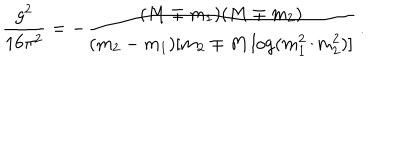
\frac { g ^ { 2 } } { 1 6 \pi ^ { 2 } } = - \frac { ( M \mp m _ { 1 } ) ( M \mp m _ { 2 } ) } { ( m _ { 2 } - m _ { 1 } ) [ m _ { 2 } \mp M \log ( m _ { 1 } ^ { 2 } / m _ { 2 } ^ { 2 } ) ] } \, .